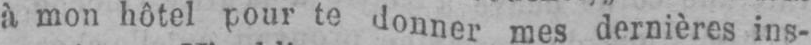
à mon hôtel pour te donner mes dernières ins-